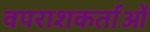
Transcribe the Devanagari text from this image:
वपराशकर्ताओं